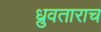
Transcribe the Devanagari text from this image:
ध्रुवताराच